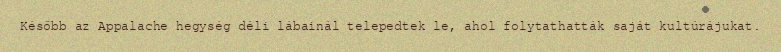
Később az Appalache hegység déli lábainál telepedtek le, ahol folytathatták saját kultúrájukat.